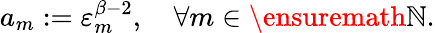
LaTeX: a_{m}:=\varepsilon_{m}^{\beta-2},\quad\forall m\in\ensuremath{\mathbb{N}}.